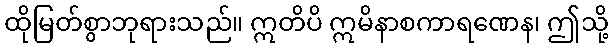
ထိုမြတ်စွာဘုရားသည်။ ဣတိပိ ဣမိနာစကာရဏေန၊ ဤသို့